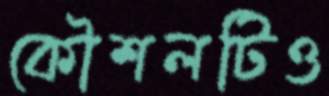
কৌশলটিও